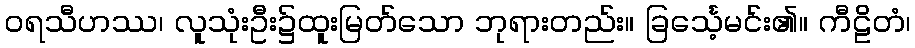
ဝရသီဟဿ၊ လူသုံးဦး၌ထူးမြတ်သော ဘုရားတည်း။ ခြင်္သေ့မင်း၏။ ကီဠိတံ၊